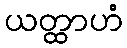
ယတ္ထာဟံ